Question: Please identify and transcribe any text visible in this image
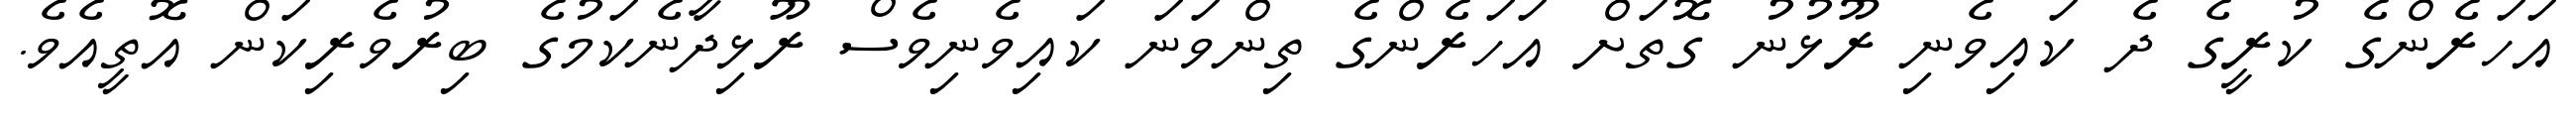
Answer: އަހަރެންގެ ކުރީގެ ދެ ކައިވެނި ރޫޅުނު ގޮތަށް އަހަރެންގެ ތިންވަނަ ކައިވެނިވެސް ރޫޅިދާނެކަމުގެ ބިރުވެރިކަން އޮތީއެވެ.